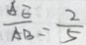
\frac { A E } { A B } = \frac { 2 } { 5 }